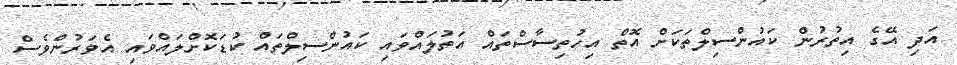
އަދި އޭގެ އިތުރުން ކައުންސިލްތަކަށް އޮތް އިހުތިސާސްތައް އަތުލައްވައި ކައުންސިލްތައް ކުޑަކޮށްލައްވައި އެވަރުންވެސް